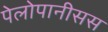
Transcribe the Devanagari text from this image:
पेलोपानीसस